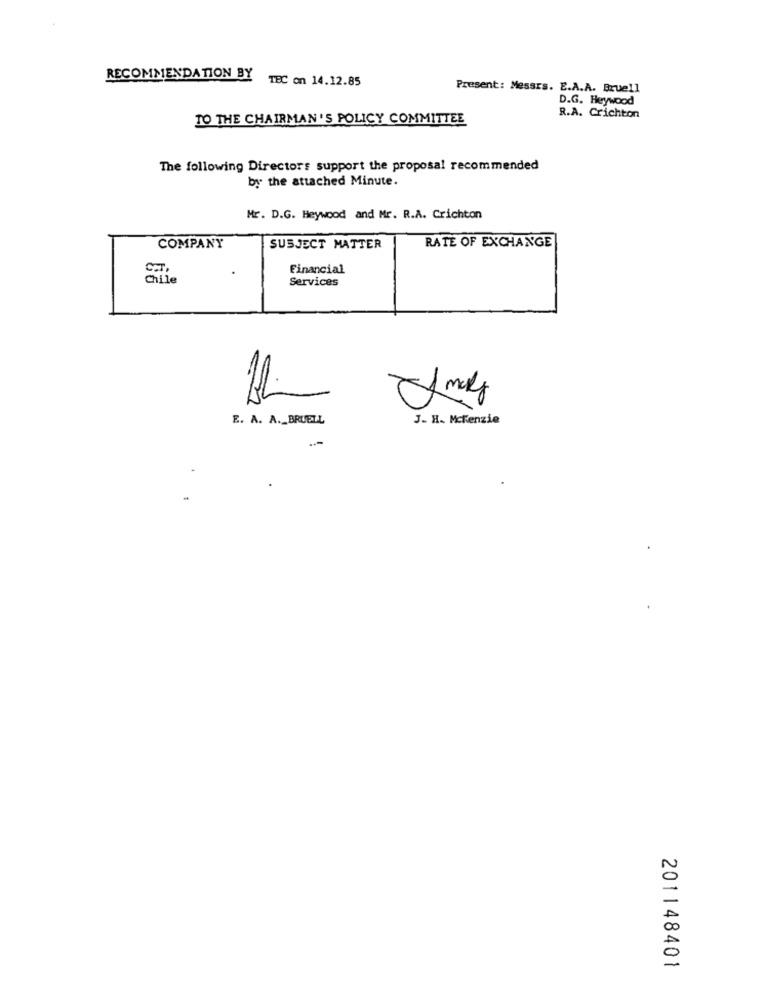
RECOMMENDATION BY
TEC on 14.12.85
Present: Messrs. E.A.A. Bruell
D.G. Heywood
TO THE CHAIRMAN'S POLICY COMMITTEE
R.A. Crichton
The following Directors support the proposal recommended
by the attached Minute.
Mr. D.G. Heywood and Mr. R.A. Crichton
COMPANY
SUBJECT MATTER
RATE OF EXCHANGE
Financial
Services
E. A. A. BRUELL
J. H. Mckenzie
2
0
201148401